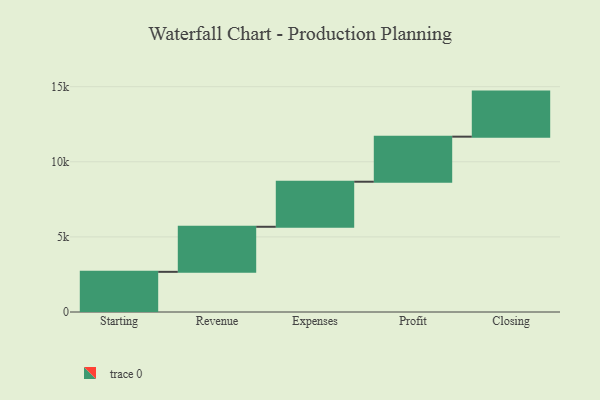
{"axis": {"x": "Step", "y": "Value"}, "legend": [""], "data": [{"x": "Starting", "y": 2674.0, "type": ""}, {"x": "Revenue", "y": 3000, "type": ""}, {"x": "Expenses", "y": 3000, "type": ""}, {"x": "Profit", "y": 3000, "type": ""}, {"x": "Closing", "y": 3000, "type": ""}]}